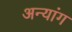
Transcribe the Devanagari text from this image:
अन्यांग